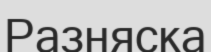
Разняска